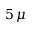
5 \, \mu